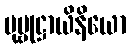
ပုဗ္ဗုဋ္ဌာယိနိယော